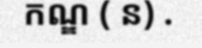
កណ្ឌ ( ន) .